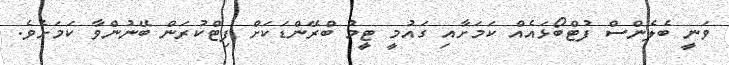
ވަނީ ބެލެންސް ފުޓްބޯޅައެއް ކަމަށާއި ގައުމީ ޓީމު ބްރޭންޑަކަށް ފިޓްކުރަން ބޭނުންވާ ކަމަށެވެ.